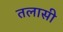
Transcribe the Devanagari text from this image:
तलासी